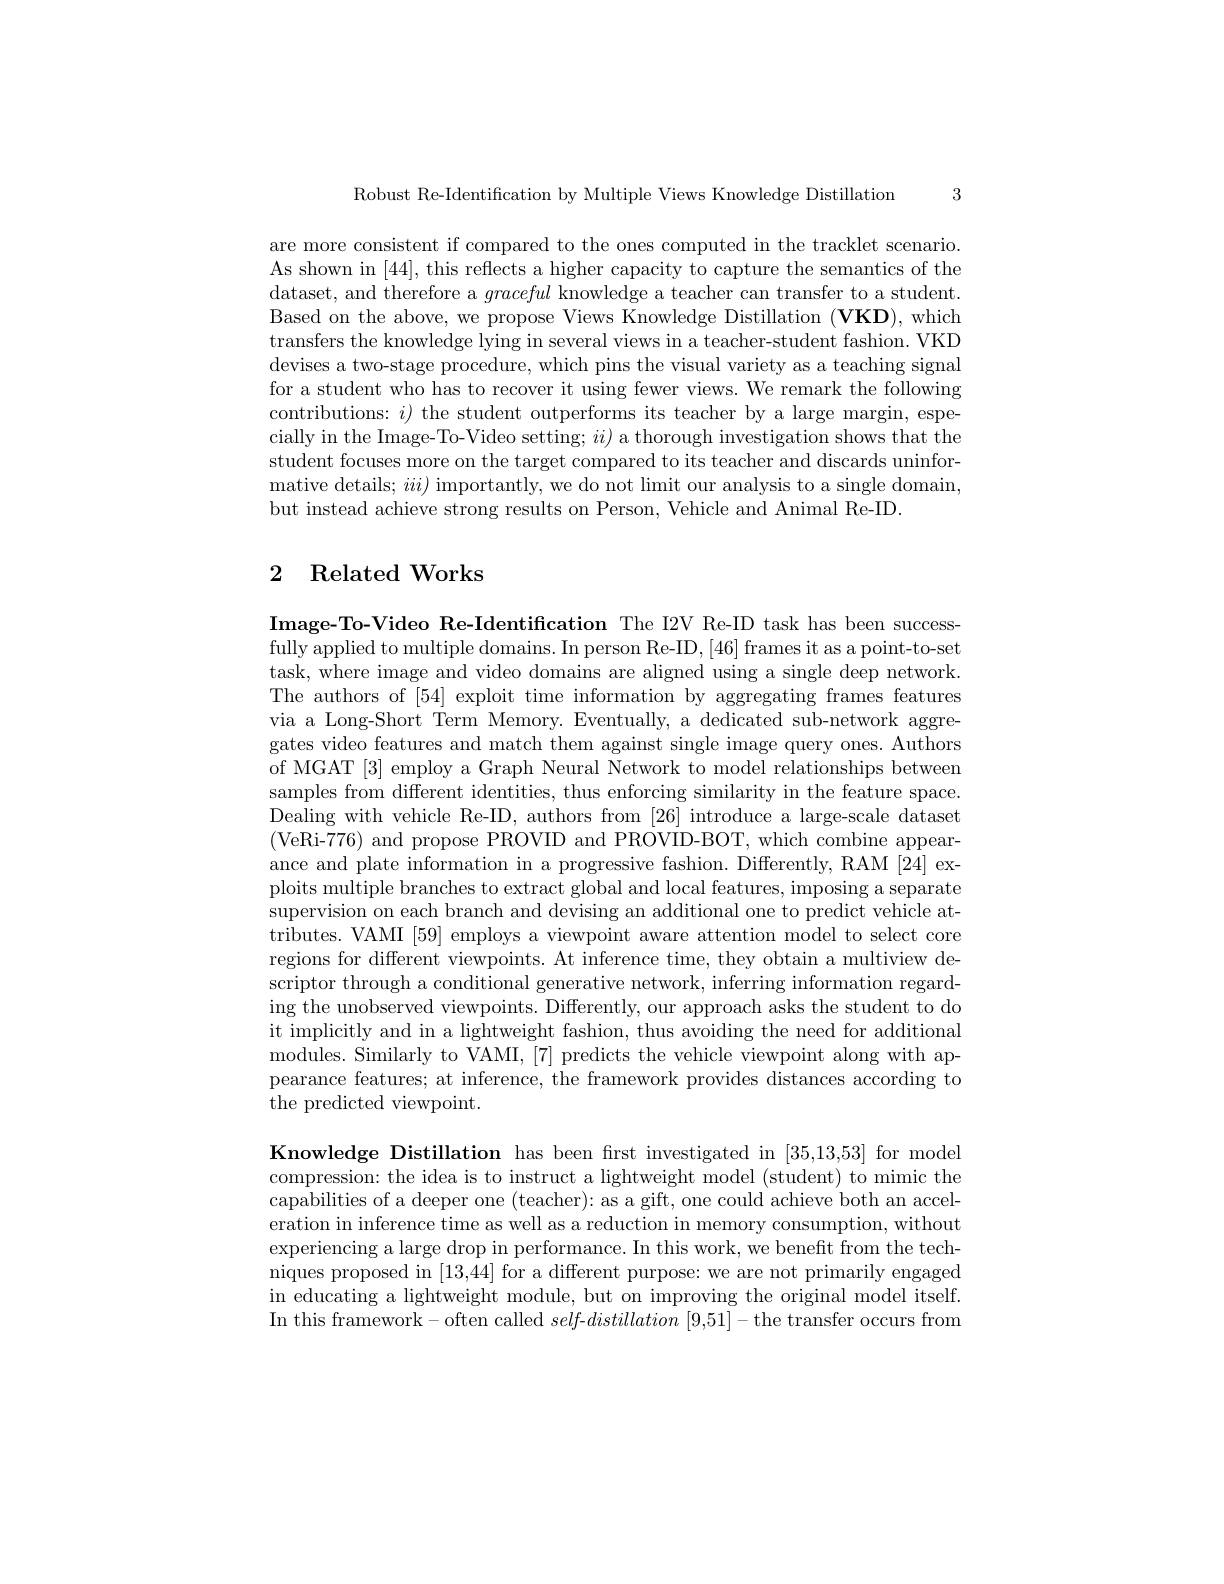
3

Robust Re-Identification by Multiple Views Knowledge Distillation

are more consistent if compared to the ones computed in the tracklet scenario. As shown in [44],this reflects a higher capacity to capture the semantics of the dataset, and therefore a graceful knowledge a teacher can transfer to a student. Based on the above, we propose Views Knowledge Distillation (VKD), which transfers the knowledge lying in several views in a teacher-student fashion. VKD devises a two-stage procedure, which pins the visual variety as a teaching signal for a student who has to recover it using fewer views. We remark the following contributions: $i)$ the student outperforms its teacher by a large margin, especially in the Image-To-Video setting; $ii)$ a thorough investigation shows that the student focuses more on the target compared to its teacher and discards uninformative details; $iii)$ importantly, we do not limit our analysis to a single domain, but instead achieve strong results on Person, Vehicle and Animal Re-ID.

# 2 Related Works

Image-To-Video Re-Identification The I2V Re-ID task has been successfully applied to multiple domains. In person Re-ID, [46] frames it as a point-to-set task, where image and video domains are aligned using a single deep network. The authors of [54] exploit time information by aggregating frames features via a Long-Short Term Memory. Eventually, a dedicated sub-network aggregates video features and match them against single image query ones. Authors of MGAT [3] employ a Graph Neural Network to model relationships between samples from different identities, thus enforcing similarity in the feature space. Dealing with vehicle Re-ID, authors from [26] introduce a large-scale dataset (VeRi-776) and propose PROVID and PROVID-BOT, which combine appearance and plate information in a progressive fashion. Differently, RAM [24] exploits multiple branches to extract global and local features, imposing a separate supervision on each branch and devising an additional one to predict vehicle attributes. VAMI [59] employs a viewpoint aware attention model to select core regions for different viewpoints. At inference time, they obtain a multiview descriptor through a conditional generative network, inferring information regarding the unobserved viewpoints. Differently, our approach asks the student to do it implicitly and in a lightweight fashion, thus avoiding the need for additional modules. Similarly to VAMI, [7] predicts the vehicle viewpoint along with appearance features; at inference, the framework provides distances according to the predicted viewpoint.

Knowledge Distillation has been frst investigated in [35,13,53] for model compression: the idea is to instruct a lightweight model (student) to mimic the capabilities of a deeper one (teacher): as a gift, one could achieve both an acceleration in inference time as well as a reduction in memory consumption, without experiencing a large drop in performance. In this work, we benefit from the techniques proposed in [13,44] for a different purpose: we are not primarily engaged in educating a lightweight module, but on improving the original model itself. In this framework- often called self-distillation [9,51]-the transfer occurs from